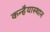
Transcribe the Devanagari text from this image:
कन्हैयास्थान